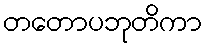
တတောပဘုတိကာ